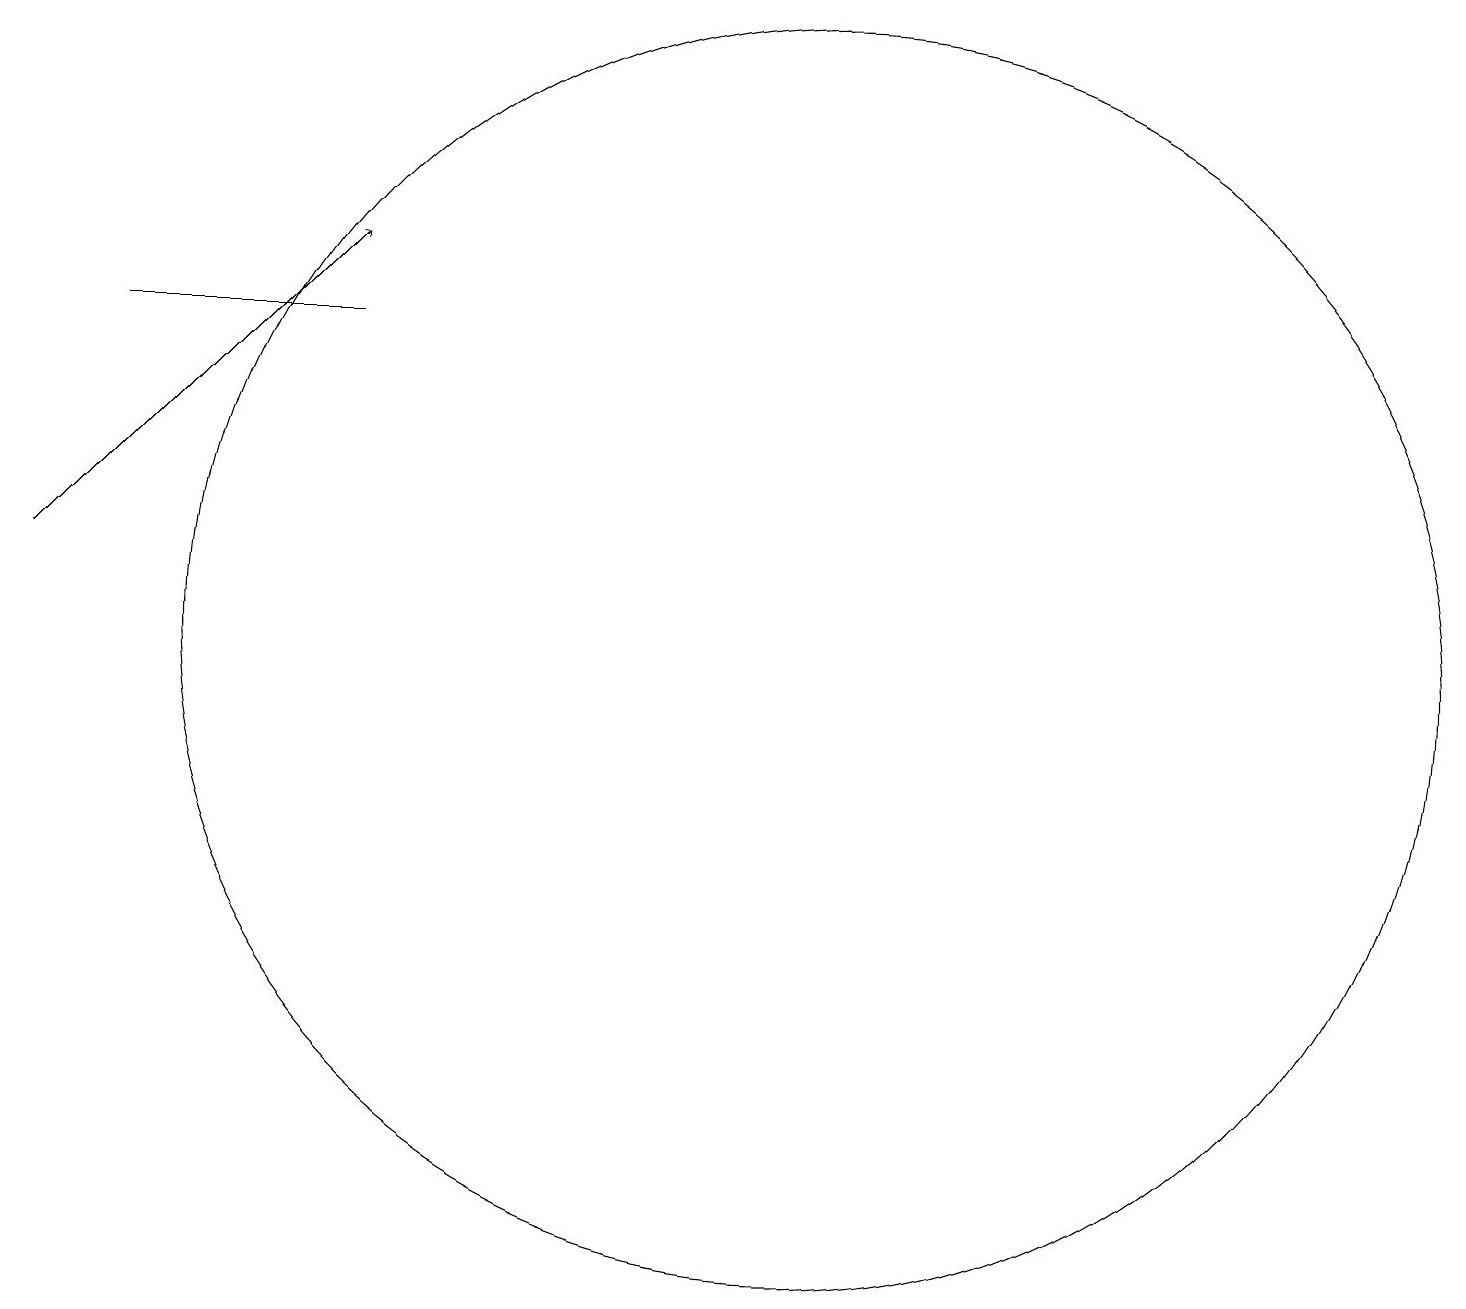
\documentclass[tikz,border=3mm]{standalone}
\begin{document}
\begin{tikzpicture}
\draw[->] (1,11) -- (5,15);
\draw (2,14) rectangle (5,14);
\draw (11,10) circle (8);
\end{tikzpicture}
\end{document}